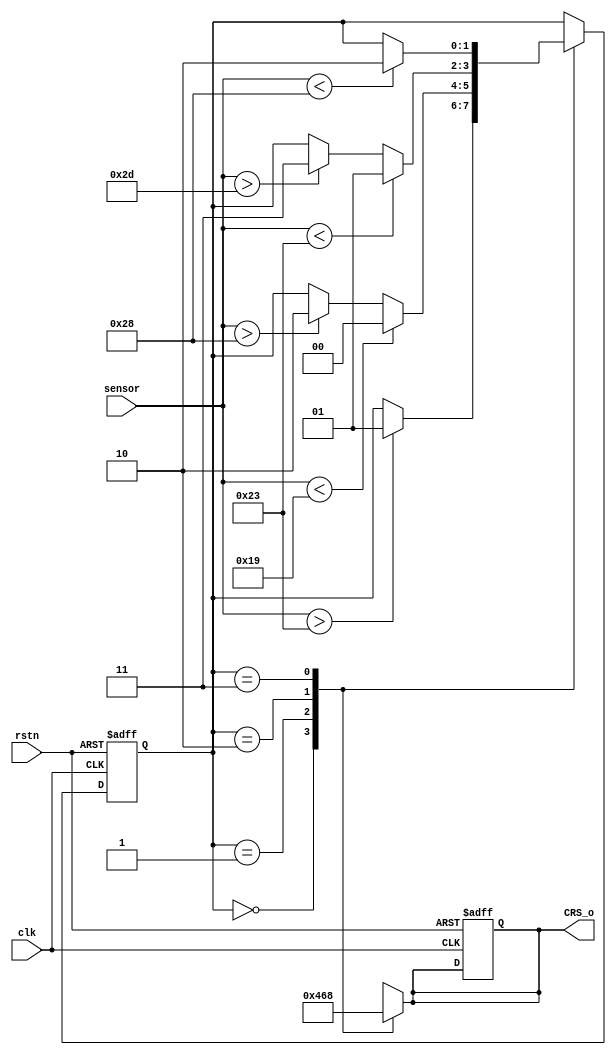
`define OUT 2'b00
`define S1 2'b01
`define S2 2'b10
`define S3 2'b11

module Fan(clk,
           sensor,
           rstn,
           CRS_o,
           );
    input clk, rstn;
    input signed [7:0] sensor;
    output [3:0] CRS_o;
    
    reg [1:0] state;
    reg [3:0] CRS;
    
    assign CRS_o = CRS;
    
    always @(posedge clk or negedge rstn) begin
        if (!rstn)begin
            state <= `OUT;
            CRS   <= 0;
        end
        else begin
            case (state)
                `OUT:
                begin
                    if (sensor > 35) state <= `S1;
                end
                `S1:
                begin
                    if (sensor > 40) state <= `S2;
                    if (sensor < 25) state <= `OUT;
                end
                `S2:
                begin
                    if (sensor > 45) state <= `S3;
                    if (sensor < 35) state <= `S1;
                    
                end
                `S3:
                begin
                    if (sensor < 40) state <= `S2;
                end
            endcase
        end
    end
    
    always @(state) begin
        case (state)
            `OUT:
            begin
                CRS <= 0;
            end
            `S1:
            begin
                CRS <= 4;
            end
            `S2:
            begin
                CRS <= 6;  
            end
            `S3:
            begin
                CRS <= 8;
            end
        endcase
    end
endmodule